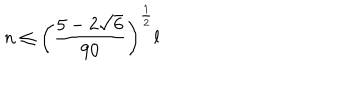
n \le \left( { \frac { 5 - 2 \sqrt { 6 } } { 9 0 } } \right) ^ { \frac { 1 } { 2 } } l